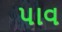
પાવ